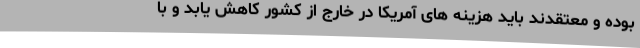
بوده و معتقدند باید هزینه های آمریکا در خارج از کشور کاهش یابد و با